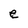
Character: e